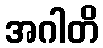
အဂါတိ